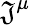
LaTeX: {\mathfrak{J}}^{\mu}